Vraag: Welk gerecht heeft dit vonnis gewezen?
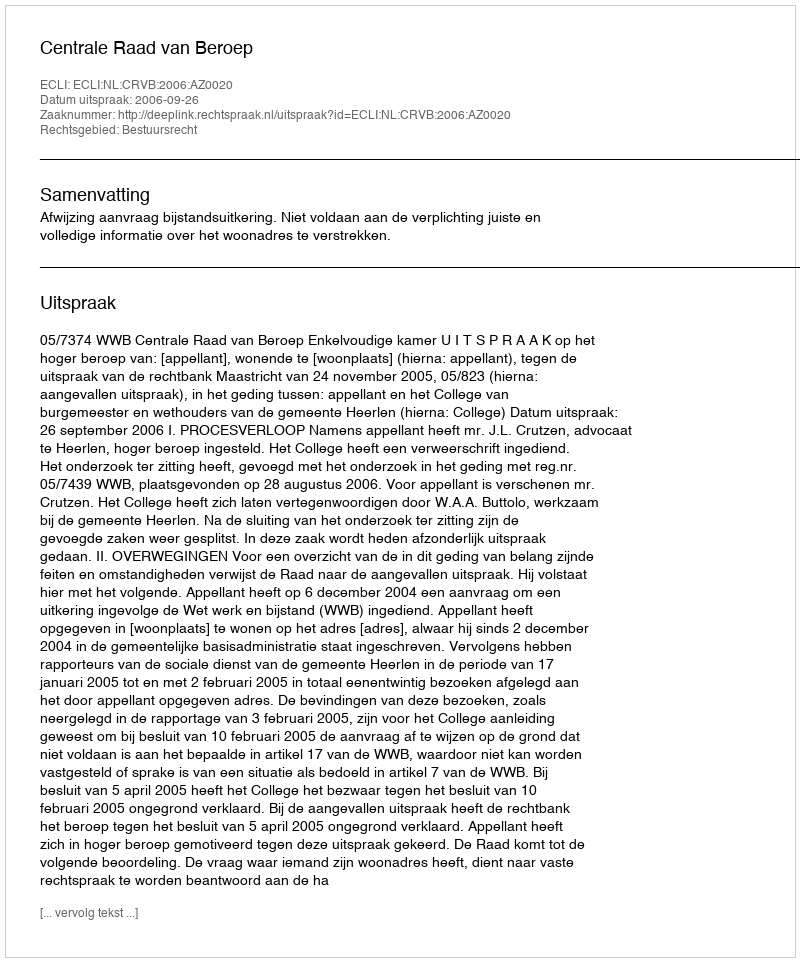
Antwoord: Centrale Raad van Beroep